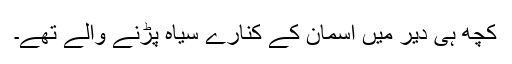
کچھ ہی دیر میں آسمان کے کنارے سیاہ پڑنے والے تھے۔